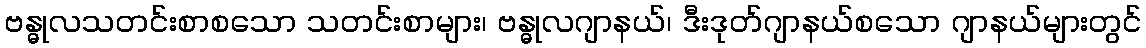
ဗန္ဓုလသတင်းစာစသော သတင်းစာများ၊ ဗန္ဓုလဂျာနယ်၊ ဒီးဒုတ်ဂျာနယ်စသော ဂျာနယ်များတွင်